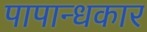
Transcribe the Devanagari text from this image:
पापान्धकार